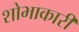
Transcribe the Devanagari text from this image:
शोभाकारी